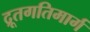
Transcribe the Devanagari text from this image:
द्रूतगतिमार्ग